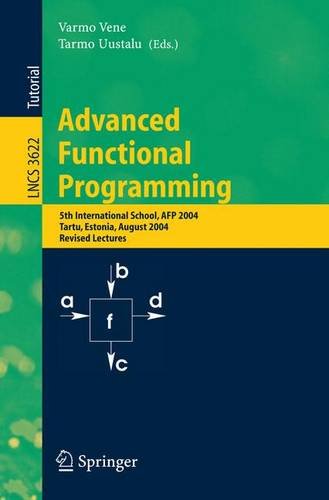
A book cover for Advanced Functional Programming: 5th International School, AFP 2004, Tartu, Estonia, August 14-21, 2004, Revised Lectures (Lecture Notes in Computer ... Computer Science and General Issues); Computers & Technology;